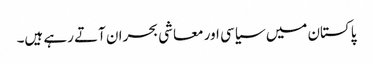
پاکستان میں سیاسی اور معاشی بحران آتے رہے ہیں۔